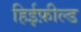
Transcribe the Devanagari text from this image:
हिईफ़ील्ड